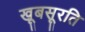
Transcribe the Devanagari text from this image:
खूबसूरति